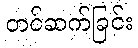
တင်ဆက်ခြင်း